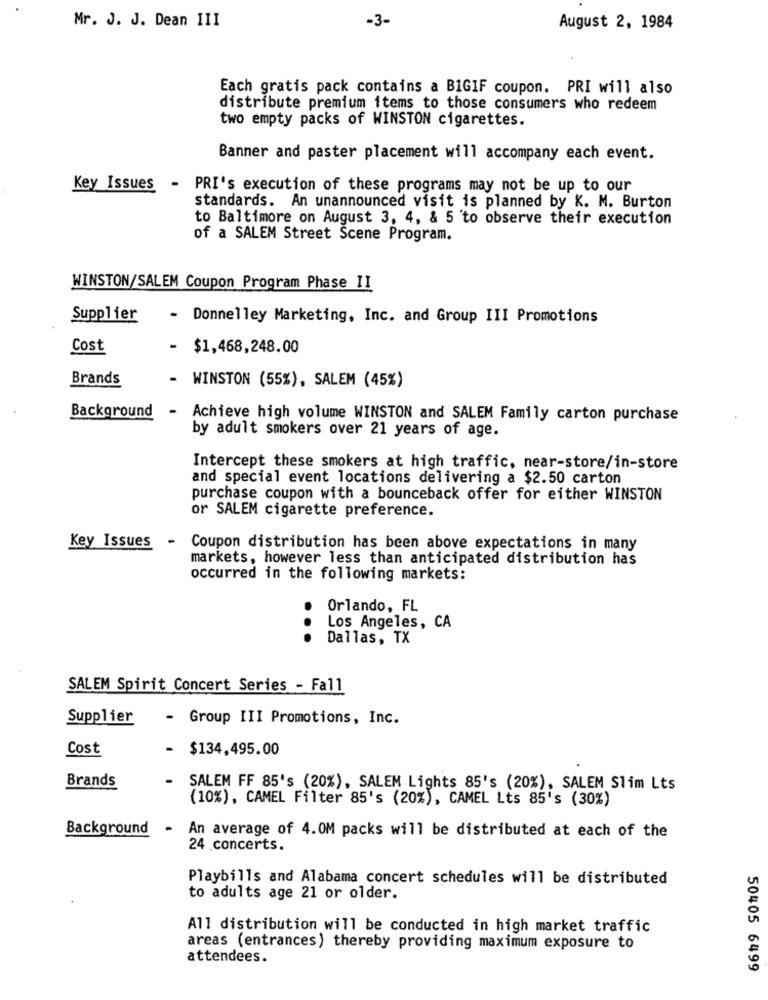
Mr. J. J. Dean III
-3-
August 2, 1984
Each gratis pack contains a BIGIF coupon. PRI will also
distribute premium items to those consumers who redeem
two empty packs of WINSTON cigarettes.
Banner and paster placement will accompany each event.
Key Issues - PRI's execution of these programs may not be up to our
standards. An unannounced visit is planned by K. M. Burton
to Baltimore on August 3, 4, & 5 'to observe their execution
of a SALEM Street Scene Program.
WINSTON/SALEM Coupon Program Phase II
Supplier
- Donnelley Marketing, Inc. and Group III Promotions
Cost
-
$1,468,248.00
Brands
WINSTON (55%), SALEM (45%)
Background
Achieve high volume WINSTON and SALEM Family carton purchase
by adult smokers over 21 years of age.
Intercept these smokers at high traffic, near-store/in-store
and special event locations delivering a $2.50 carton
purchase coupon with a bounceback offer for either WINSTON
or SALEM cigarette preference.
Key Issues - Coupon distribution has been above expectations in many
markets, however less than anticipated distribution has
occurred in the following markets:
Orlando, FL
Los Angeles, CA
Dallas, TX
SALEM Spirit Concert Series - Fall
Supplier
- Group III Promotions, Inc.
Cost
- $134,495.00
Brands
SALEM FF 85's (20%), SALEM Lights 85's (20%), SALEM Slim Lts
(10%), CAMEL Filter 85's (20%), CAMEL Lts 85's (30%)
Background
-
An average of 4.OM packs will be distributed at each of the
24 concerts.
Playbills and Alabama concert schedules will be distributed
to adults age 21 or older.
All distribution will be conducted in high market traffic
areas (entrances) thereby providing maximum exposure to
attendees.
50405 6499